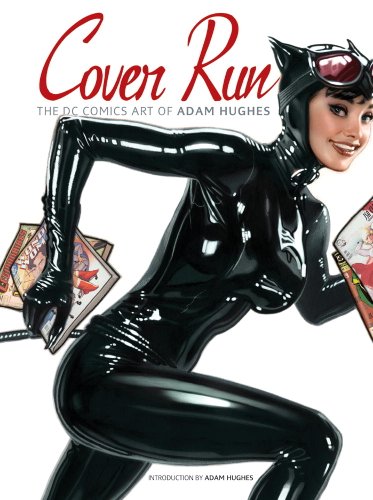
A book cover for Cover Run: The DC Comics Art of Adam Hughes (Adam Hughes Cover to Cover); Comics & Graphic Novels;